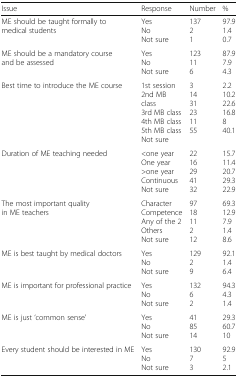
<table><thead><tr><td><b>Issue</b></td><td><b>Response</b></td><td><b>Number</b></td><td><b>%</b></td></tr></thead><tbody><tr><td>ME should be taught formally to medical students</td><td>YesNoNot sure</td><td>13721</td><td>97.91.40.7</td></tr><tr><td>ME should be a mandatory course and be assessed</td><td>YesNoNot sure</td><td>123116</td><td>87.97.94.3</td></tr><tr><td>Best time to introduce the ME course</td><td>1st session2nd MB class3rd MB class4th MB class5th MB classNot sure</td><td>31431231155</td><td>2.210.222.616.8840.1</td></tr><tr><td>Duration of ME teaching needed</td><td>&lt;one yearOne year&gt;one yearContinuousNot sure</td><td>2216294132</td><td>15.711.420.729.322.9</td></tr><tr><td>The most important quality in ME teachers</td><td>CharacterCompetenceAny of the 2OthersNot sure</td><td>971811212</td><td>69.312.97.91.48.6</td></tr><tr><td>ME is best taught by medical doctors</td><td>YesNoNot sure</td><td>12929</td><td>92.11.46.4</td></tr><tr><td>ME is important for professional practice</td><td>YesNoNot sure</td><td>13262</td><td>94.34.31.4</td></tr><tr><td>ME is just ‘common sense’</td><td>YesNoNot sure</td><td>418514</td><td>29.360.710</td></tr><tr><td>Every student should be interested in ME</td><td>YesNoNot sure</td><td>13073</td><td>92.952.1</td></tr></tbody></table>